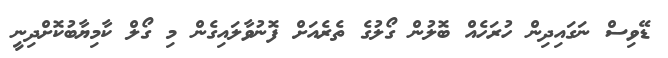
ޑޭވިސް ނަގައިދިން ހުރަހެއް ބޮލުން ގޯލުގެ ތެރެއަށް ފޮނުވާލައިގެން މި ގޯލް ކާމިޔާބުކޮށްދިނީ